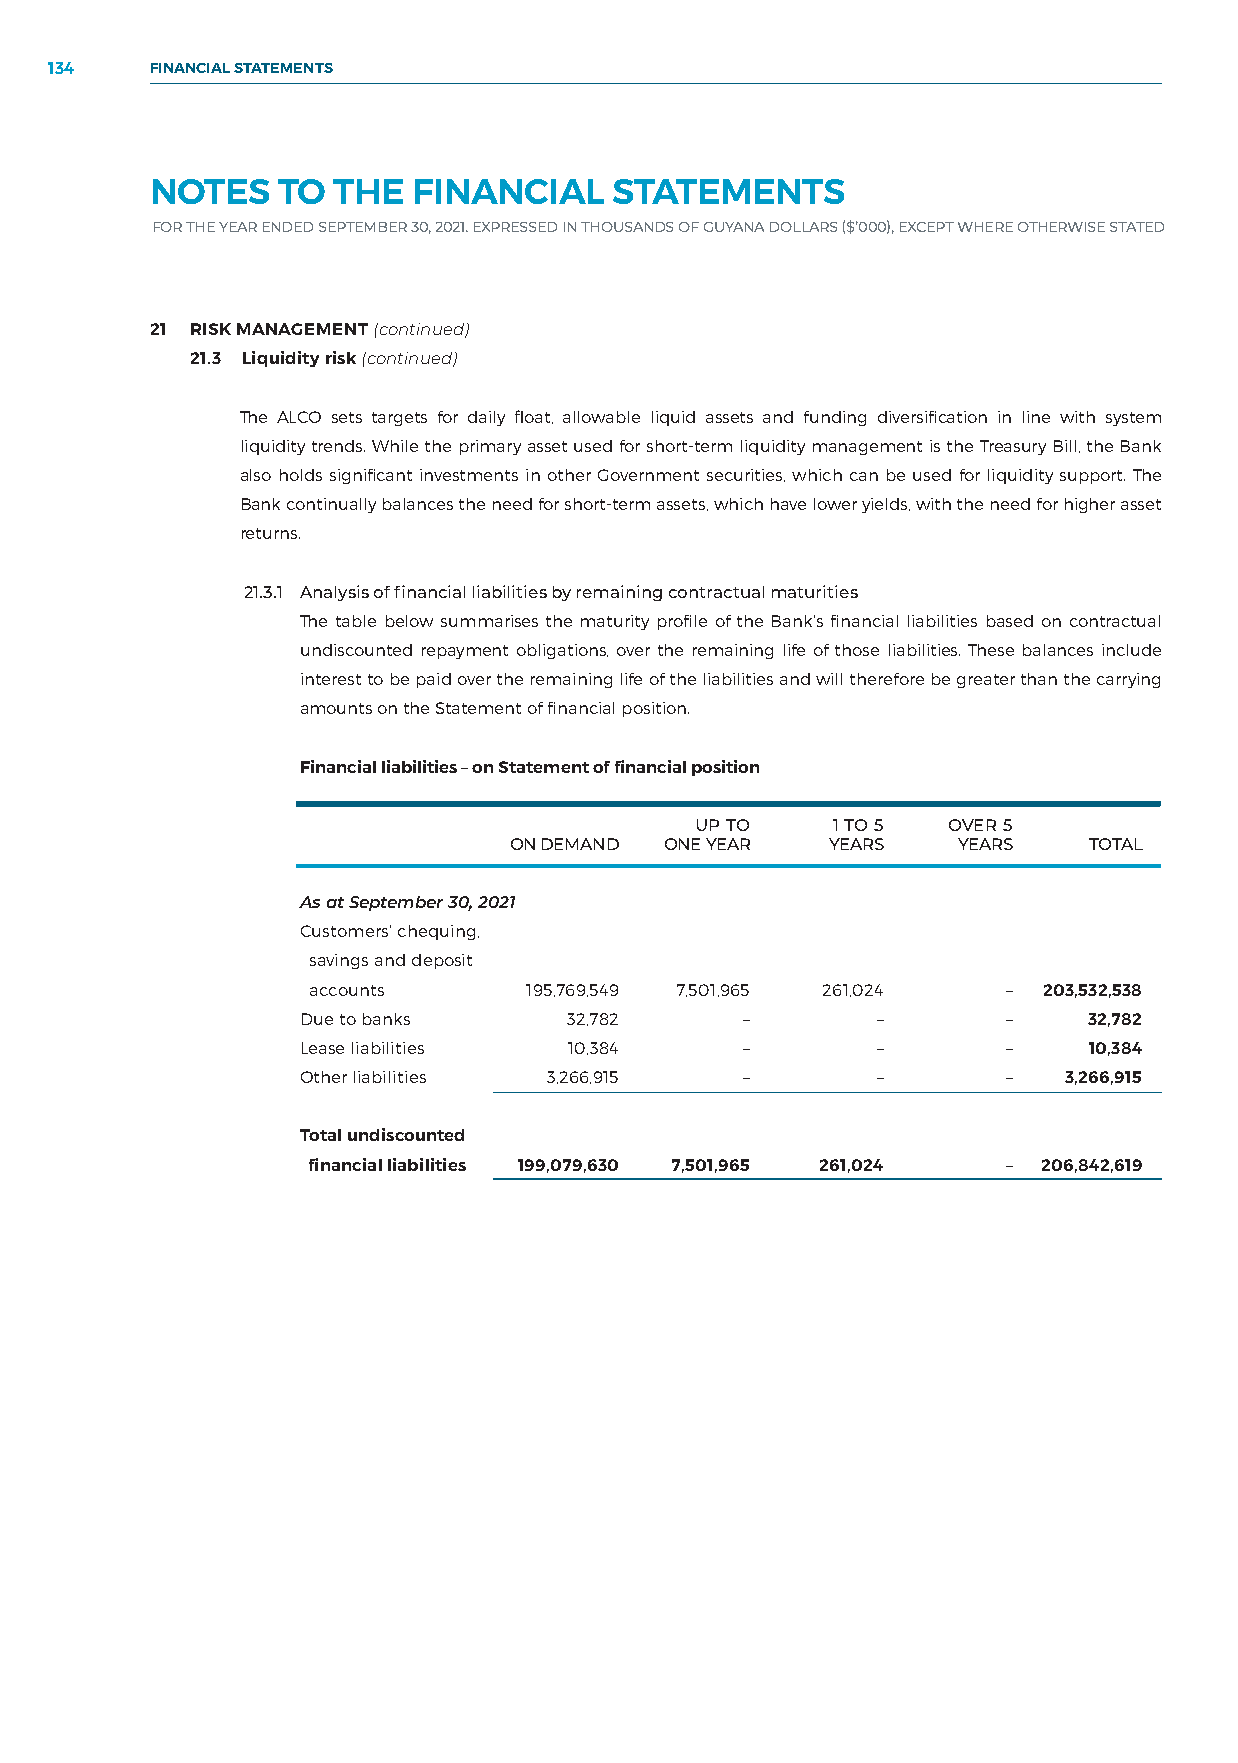
134    FINANCIAL STATEMENTS
 NOTES   TO  THE  FINANCIAL     STATEMENTS
 FOR THE YEAR ENDED SEPTEMBER 30, 2021. EXPRESSED IN THOUSANDS OF GUYANA DOLLARS ($’000), EXCEPT WHERE OTHERWISE STATED
 21 RISK MANAGEMENT (continued)
 21.3 Liquidity risk (continued)
 The ALCO sets targets for daily float, allowable liquid assets and funding diversification in line with system
 liquidity trends. While the primary asset used for short-term liquidity management is the Treasury Bill, the Bank
 also holds significant investments in other Government securities, which can be used for liquidity support. The
 Bank continually balances the need for short-term assets, which have lower yields, with the need for higher asset
 returns.
 21.3.1 Analysis of financial liabilities by remaining contractual maturities
 The table below summarises the maturity profile of the Bank’s financial liabilities based on contractual
 undiscounted repayment obligations, over the remaining life of those liabilities. These balances include
 interest to be paid over the remaining life of the liabilities and will therefore be greater than the carrying
 amounts on the Statement of financial position.
 Financial liabilities – on Statement of financial position
 UP TO    1 TO 5  OVER 5
 ON DEMAND ONE YEAR   YEARS   YEARS    TOTAL
 As at September 30, 2021
 Customers’ chequing,
 savings and deposit
 accounts       195,769,549 7,501,965 261,024   – 203,532,538
 Due to banks      32,782     –        –        –    32,782
 Lease liabilities 10,384     –        –        –    10,384
 Other liabilities 3,266,915  –        –        –   3,266,915
 Total undiscounted
 financial liabilities 199,079,630 7,501,965 261,024 – 206,842,619